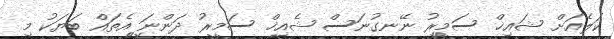
ކަލެއަށް ޝައިޚް ސަމީރު ނޭނގުނަސް ޝެއިޚް ސަމީރު ދަންނަ އެތައް ބަޔަކު މި